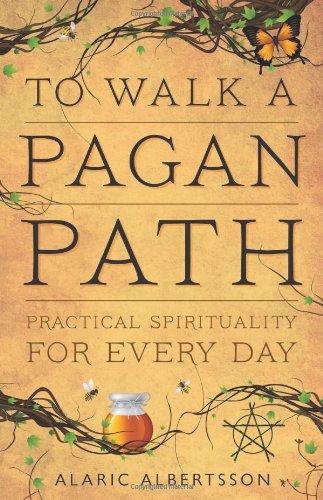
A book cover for To Walk a Pagan Path: Practical Spirituality for Every Day; Alaric Albertsson; Religion & Spirituality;